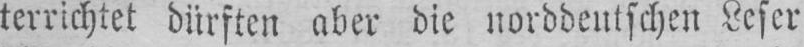
terrichtet dürften aber die norddeutschen Leser